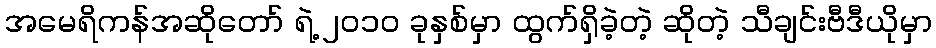
အမေရိကန်အဆိုတော် ရဲ့ ၂၀၁၀ ခုနှစ်မှာ ထွက်ရှိခဲ့တဲ့ ဆိုတဲ့ သီချင်းဗီဒီယိုမှာ